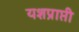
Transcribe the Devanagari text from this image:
यशप्राप्ती